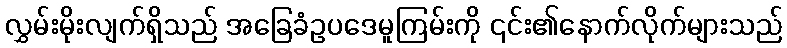
လွှမ်းမိုးလျက်ရှိသည် အခြေခံဥပဒေမူကြမ်းကို ၎င်း၏နောက်လိုက်များသည်